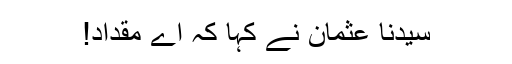
سیدنا عثمانؓ نے کہا کہ اے مقداد!